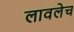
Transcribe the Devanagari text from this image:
लावलेच